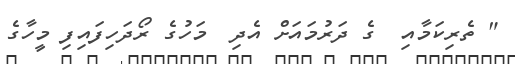
" ތެރިކަމާއި  ގެ ދަރުމައަށް އެދި  މަހުގެ ރޯދަހިފައިފި މީހާގެ